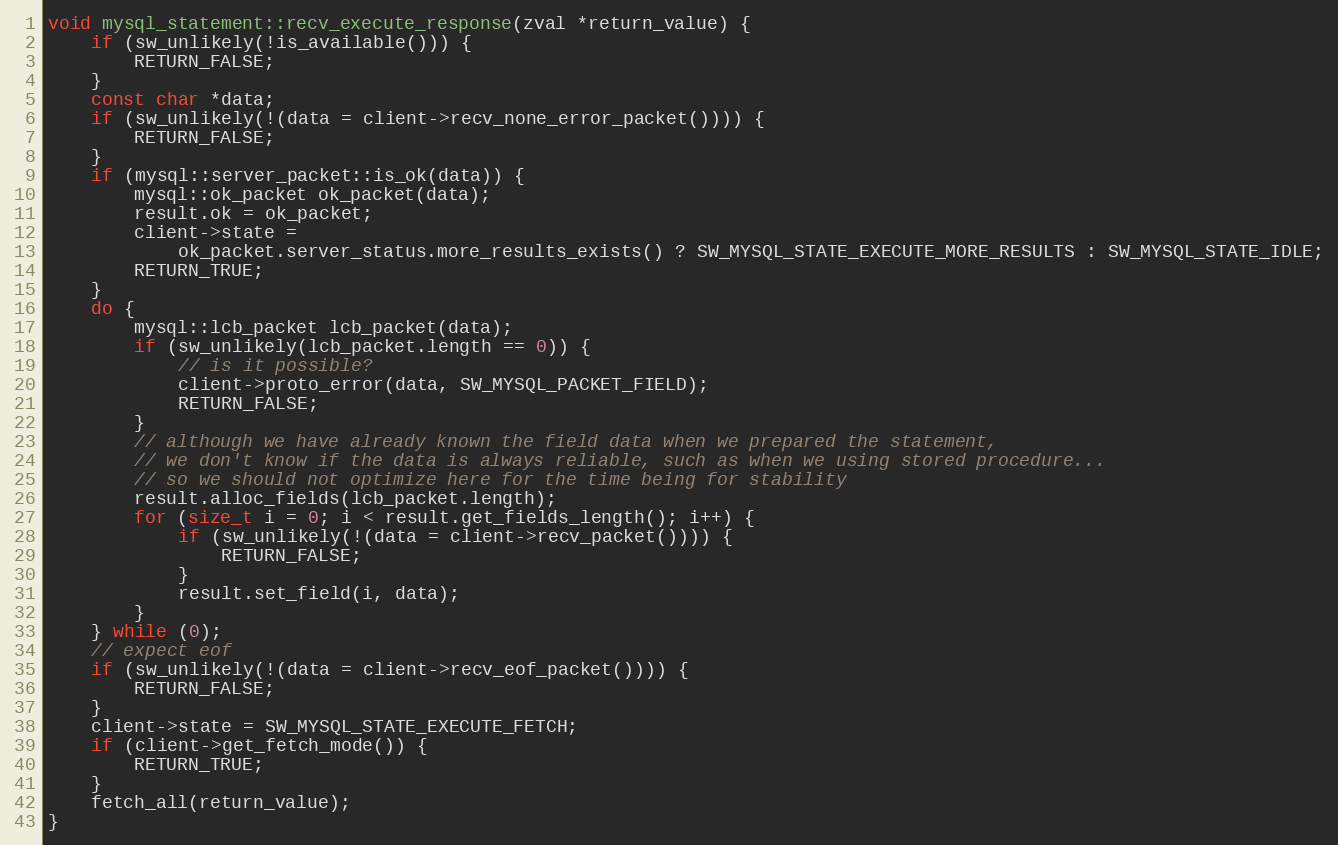
Language: C++
void mysql_statement::recv_execute_response(zval *return_value) {
    if (sw_unlikely(!is_available())) {
        RETURN_FALSE;
    }
    const char *data;
    if (sw_unlikely(!(data = client->recv_none_error_packet()))) {
        RETURN_FALSE;
    }
    if (mysql::server_packet::is_ok(data)) {
        mysql::ok_packet ok_packet(data);
        result.ok = ok_packet;
        client->state =
            ok_packet.server_status.more_results_exists() ? SW_MYSQL_STATE_EXECUTE_MORE_RESULTS : SW_MYSQL_STATE_IDLE;
        RETURN_TRUE;
    }
    do {
        mysql::lcb_packet lcb_packet(data);
        if (sw_unlikely(lcb_packet.length == 0)) {
            // is it possible?
            client->proto_error(data, SW_MYSQL_PACKET_FIELD);
            RETURN_FALSE;
        }
        // although we have already known the field data when we prepared the statement,
        // we don't know if the data is always reliable, such as when we using stored procedure...
        // so we should not optimize here for the time being for stability
        result.alloc_fields(lcb_packet.length);
        for (size_t i = 0; i < result.get_fields_length(); i++) {
            if (sw_unlikely(!(data = client->recv_packet()))) {
                RETURN_FALSE;
            }
            result.set_field(i, data);
        }
    } while (0);
    // expect eof
    if (sw_unlikely(!(data = client->recv_eof_packet()))) {
        RETURN_FALSE;
    }
    client->state = SW_MYSQL_STATE_EXECUTE_FETCH;
    if (client->get_fetch_mode()) {
        RETURN_TRUE;
    }
    fetch_all(return_value);
}